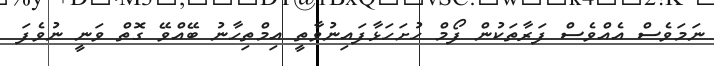
ނަމަވެސް އެއްވެސް ފަރާތަކުން ފޯމް ހުށަހަޅާފައިނުވާތީ އިމްތިހާނު ބޭއްވޭ ގޮތް ވަނީ ނުވެފަ